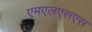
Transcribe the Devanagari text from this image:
एमएलएसएस